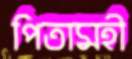
পিতামহী